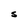
Character: S